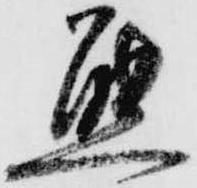
態